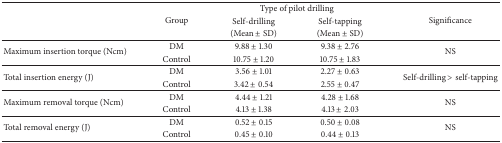
| <ROWSPAN=3>  | <ROWSPAN=3> Group | <COLSPAN=2> Type of pilot drilling | <ROWSPAN=3> Significance |
 | Self-drilling | Self-tapping |
 | (Mean ± SD) | (Mean ± SD) |
 | --- | --- | --- | --- | --- |
 | <ROWSPAN=2> Maximum insertion torque (Ncm) | DM | 9.88 ± 1.30 | 9.38 ± 2.76 | <ROWSPAN=2> NS |
 | Control | 10.75 ± 1.20 | 10.75 ± 1.83 |
 | <ROWSPAN=2> Total insertion energy (J) | DM | 3.56 ± 1.01 | 2.27 ± 0.63 | <ROWSPAN=2> Self-drilling > self-tapping |
 | Control | 3.42 ± 0.54 | 2.55 ± 0.47 |
 | <ROWSPAN=2> Maximum removal torque (Ncm) | DM | 4.44 ± 1.21 | 4.28 ± 1.68 | <ROWSPAN=2> NS |
 | Control | 4.13 ± 1.38 | 4.13 ± 2.03 |
 | <ROWSPAN=2> Total removal energy (J) | DM | 0.52 ± 0.15 | 0.50 ± 0.08 | <ROWSPAN=2> NS |
 | Control | 0.45 ± 0.10 | 0.44 ± 0.13 |